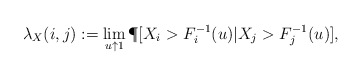
\begin{align*}\lambda_X(i,j):= \lim_{ u \uparrow 1} \P [ X_i > F_i^{-1}(u) | X_j > F_j^{-1}(u)],\end{align*}